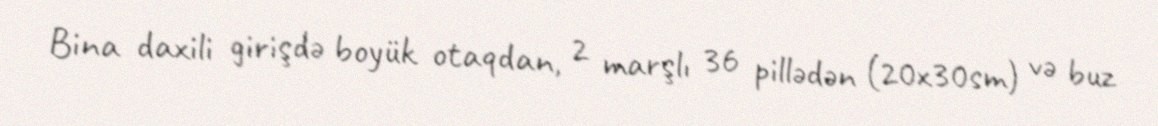
Bina daxili girişdə boyük otaqdan, 2 marşlı 36 pillədən (20x30sm) və buz